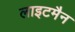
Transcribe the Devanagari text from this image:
लाइटमैन